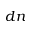
d n